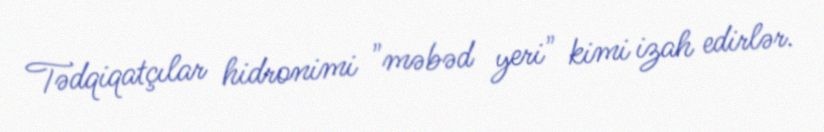
Tədqiqatçılar hidronimi "məbəd yeri" kimi izah edirlər.